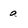
Character: a